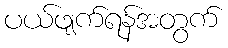
ပယ်ဖျက်ရန်အတွက်